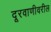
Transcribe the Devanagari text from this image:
दूरवाणीवरील